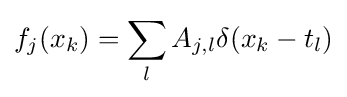
f_{j}(x_{k})=\sum _{l}A_{j,l}\delta (x_{k}-t_{l})